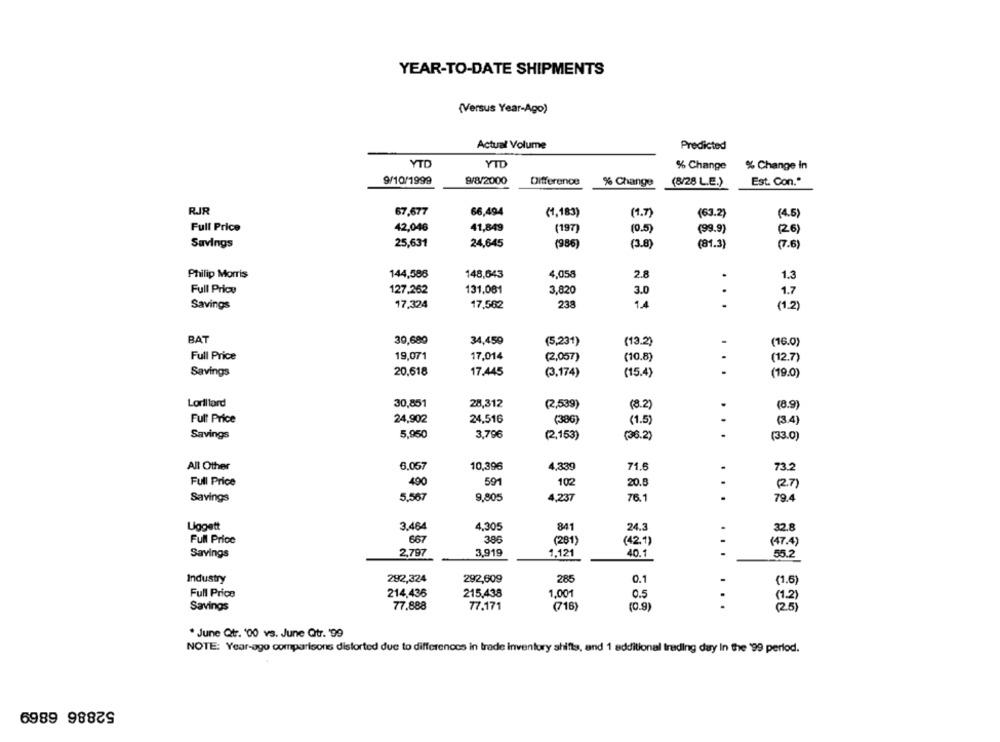
YEAR-TO-DATE SHIPMENTS
(Versus Year-Ago)
Actual Volume
Predicted
YTD
YTD
% Change
% Change in
9/10/1999
9/8/2000
Difference
% Change
(8/28 L.E.)
Est. Con."
RJR
67.677
66,494
(1,183)
(1.7)
(63.2)
(4.5)
Full Price
42,046
41,849
(197)
(0.5)
(99.9)
(26)
Savings
25,631
24,645
(986)
(3.8)
(81.3)
(7.6)
Philip Morris
144,586
148,643
4,058
2.8
1.3
Full Price
127,262
131.081
3.0
.
3,820
1.7
Savings
17,324
238
1.4
.
17,562
(1.2)
BAT
39,680
34,459
(5,231)
(13.2)
(16.0)
Full Price
19,071
17,014
(10.8)
(2,057)
(12.7)
Savings
20.618
17.445
...
(3,174)
(15.4)
(19.0)
Lorillard
30,851
28,312
(2,539)
(8.2)
(8.9)
Full Price
24,902
24,516
(38G)
(1.5)
(3.4)
Savings
5,950
3,796
(2,153)
(36.2)
(33.0)
All Other
6.057
10,396
4,339
71.6
.
73.2
Full Price
490
591
102
20.8
27
5,567
9,805
4,237
76.1
.
79.4
Savings
Uggatt
3.464
4,305
24.3
32.8
841
Full Price
667
386
(281)
(42.1)
(47.4)
Savings
2,797
3,919
1,121
40.1
-
55.2
Industry
292,324
292,609
285
0.1
-
(1.6)
Full Price
214,436
215,438
1.001
0.5
(1.2)
Savings
77.888
77.171
(716)
(0.9]
.
(25 )
* June Qtr. '00 vs. June Qtr. '99
NOTE: Year-ago comparisons distorted due to differences in trade inventory shifts, and 1 additional trading day In the '99 period.
52886 6869